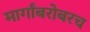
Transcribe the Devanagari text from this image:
मार्गांबरोबरच